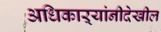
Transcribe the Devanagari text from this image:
अधिकाऱ्यांनीदेखील